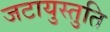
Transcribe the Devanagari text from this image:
जटायुस्तुति